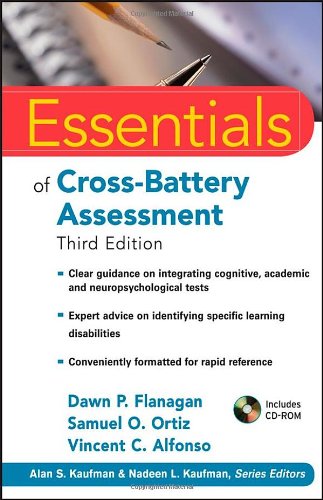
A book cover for Essentials of Cross-Battery Assessment; Dawn P. Flanagan; Medical Books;